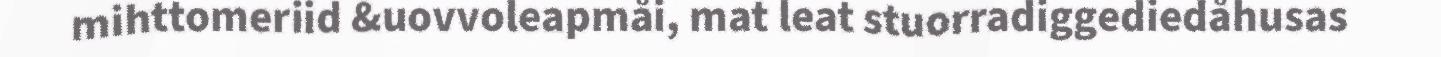
mihttomeriid &uovvoleapmåi, mat leat stuorradiggediedåhusas